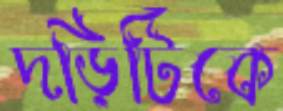
দড়িটিকে